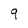
Character: q